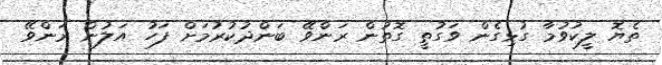
ތެޔޮ ލީކުވުމާ ގުޅިގެން ވަގުތީ ގޮތުން ރަންވޭ ބަންދުކުރުމަށް ފަހު އަލުން ރަންވޭ